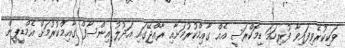
ވަކިކުރެވިފައިވާ ފުރިހަމަ ޑިމޮކްރަސީ އެއް ގާއިމްކުރުމަށާއި ރާއްޖޭގައި އަދުލު އިންސާފް ގާއިމްކުރުމަށް އެމްޑީޕީން